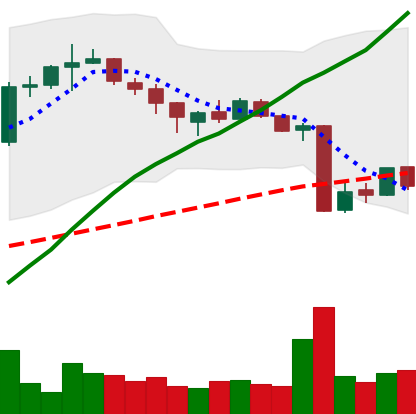
Ticker: BTC-USD
Chart end date: 2015-08-12
Forward return: -3.153%
Label: down_3_5